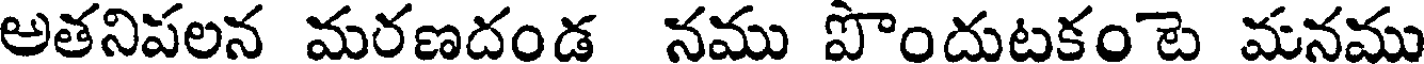
అతనిపలన మరణదండ నము పొందుటకంటె మనము